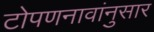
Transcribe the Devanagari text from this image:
टोपणनावांनुसार